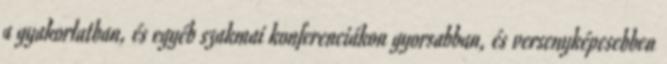
a gyakorlatban, és egyéb szakmai konferenciákon gyorsabban, és versenyképesebben